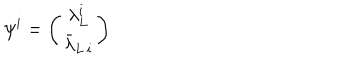
\psi ^ { i } = \left( \begin{array} { c } { { \lambda _ { L } ^ { i } } } \\ { { \bar { \lambda } _ { L \, i } } } \\ \end{array} \right)